Document type: Sale
Year: 1235
Scribe: Pere de Bages
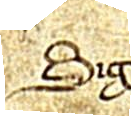
Sig